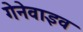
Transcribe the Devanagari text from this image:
गेनेवाइव